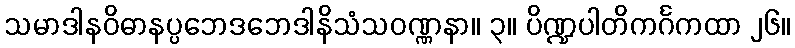
သမာဒါနဝိဓာနပ္ပဘေဒဘေဒါနိသံသဝဏ္ဏနာ။ ၃။ ပိဏ္ဍပါတိကင်္ဂကထာ ၂၆။